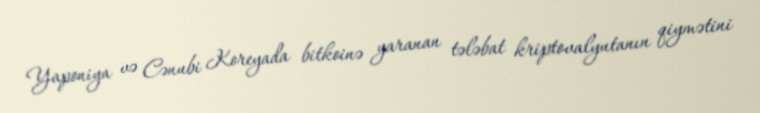
Yaponiya və Cənubi Koreyada bitkoinə yaranan tələbat kriptovalyutanın qiymətini